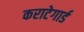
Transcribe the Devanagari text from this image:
कराटेगार्ड